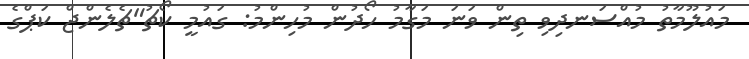
މައުލޫމާތު މުއްސަނދިވި ތިން ވަނަ މަގާމު ހޯދުން މުހިންމު: ގައުމީ ކޯޗު"ޗެލެންޖް ކަޕްގެ